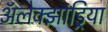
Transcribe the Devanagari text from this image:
अॅलेक्झांड्रिया